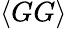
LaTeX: \langle GG\rangle